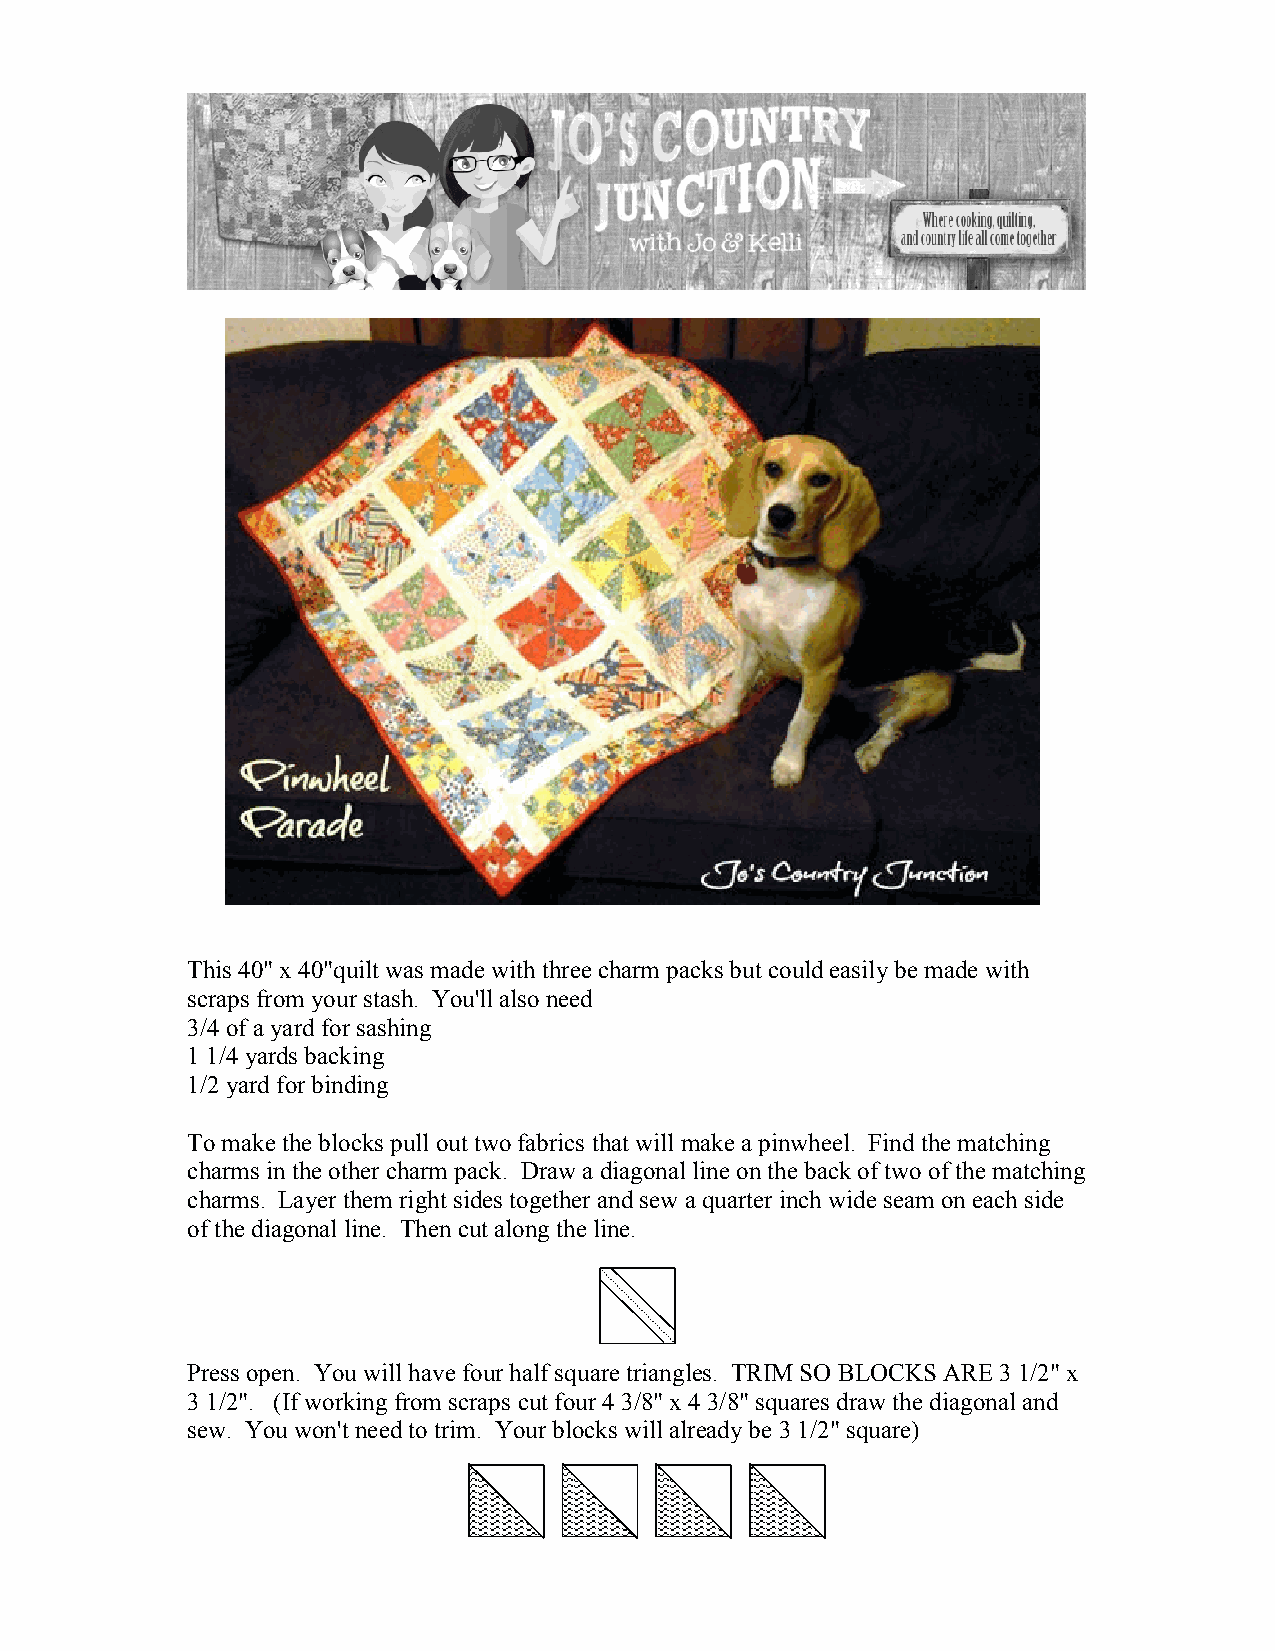
This 40" x 40"quilt was made with three charm packs but could easily be made with
 scraps from your stash. You'll also need
 3/4 of a yard for sashing
 1 1/4 yards backing
 1/2 yard for binding
 To make the blocks pull out two fabrics that will make a pinwheel. Find the matching
 charms in the other charm pack. Draw a diagonal line on the back of two of the matching
 charms. Layer them right sides together and sew a quarter inch wide seam on each side
 of the diagonal line. Then cut along the line.
 Press open. You will have four half square triangles. TRIM SO BLOCKS ARE 3 1/2" x
 3 1/2". (If working from scraps cut four 4 3/8" x 4 3/8" squares draw the diagonal and
 sew. You won't need to trim. Your blocks will already be 3 1/2" square)